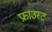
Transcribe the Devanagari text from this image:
फ्राउस्ट